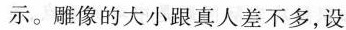
示。雕像的大小跟真人差不多，设